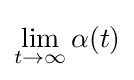
\lim _{t\rightarrow \infty }\alpha (t)